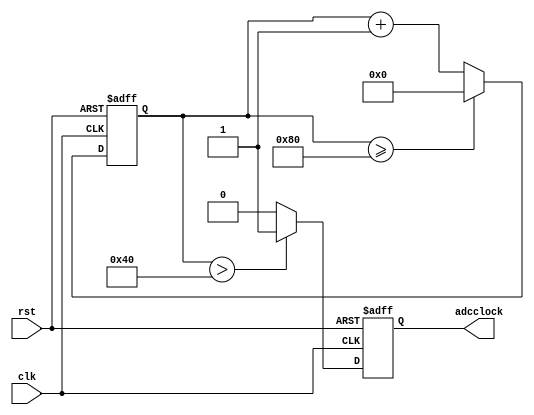
module downclock(clk, adcclock, rst);

input clk, rst;
output reg adcclock;


reg [31:0]counter;
parameter threshold = 32'd128;     // 64
parameter half = 32'd64;          // 32

always@(posedge clk or negedge rst)
begin
	if (rst == 1'b0)
	begin
		counter <= 32'd0;
		adcclock = 1'b0;
	end
	else
	begin
		if (counter >= threshold)
			counter <= 32'd0;
		else
			counter <= counter + 32'd1;
		adcclock = (counter > half)? 1'b1 : 1'b0;
	end
end
endmodule